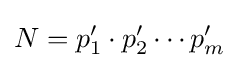
N=p'_{1}\cdot p'_{2}\cdots p'_{m}